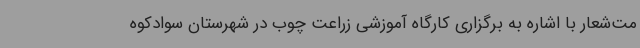
مت‌شعار با اشاره به برگزاری کارگاه آموزشی زراعت چوب در شهرستان سوادکوه